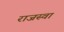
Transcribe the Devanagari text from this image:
राजस्वा